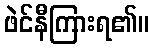
ဖဲင်နီကြားရ၏။